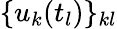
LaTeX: \{ u_{k}(t_{l})\} _{kl}